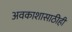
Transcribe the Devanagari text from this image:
अवकाशासाठीही